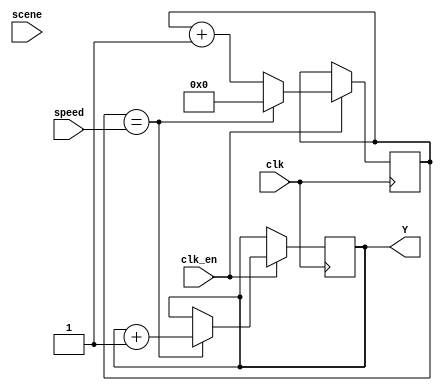
module road(
	    input 	 clk,
	    input 	 clk_en,
	    input [1:0]  scene,
	    input [7:0]  speed,
	    output [4:0] Y
	    );

   reg [4:0] 		 Y_reg=0;
   reg [7:0] 		 k=0;
   wire 		 cntr_maxed=(k==speed);   
   
   always@(posedge clk)
     begin
	if(clk_en)
	  begin
	     if(cntr_maxed)
	       begin
		  k<=0;
		  Y_reg<=Y_reg+1;
	       end
	     else k<=k+1;
	  end
     end // always@ (posedge clk)

   assign Y=Y_reg;
   
endmodule // road